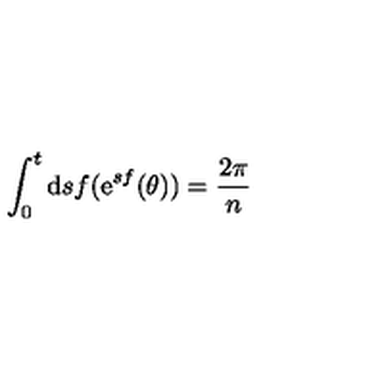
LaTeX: \int _ { 0 } ^ { t } \mathrm { d } s f ( \mathrm { e } ^ { s f } ( \theta ) ) = \frac { 2 \pi } { n }